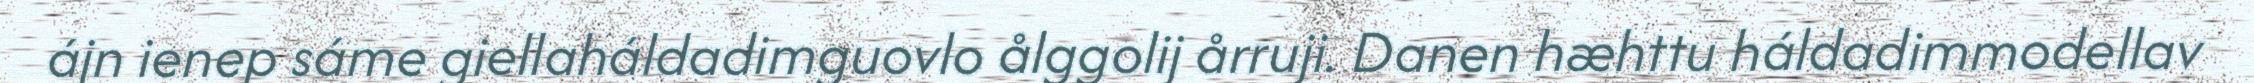
ájn ienep sáme giellaháldadimguovlo ålggolij årruji. Danen hæhttu háldadimmodellav